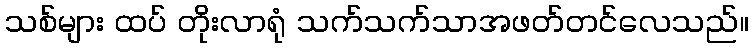
သစ်များ ထပ် တိုးလာရုံ သက်သက်သာအဖတ်တင်လေသည်။